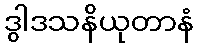
ဒွါဒသနိယုတာနံ